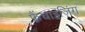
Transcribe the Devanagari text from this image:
फ़्रैंचाइज़िंग